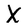
Character: X